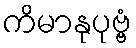
ကိမာနုပုဗ္ဗံ